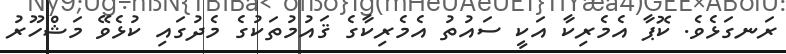
ރަނގަޅެވެ. ކޮޕާ އެމެރިކާ އަކީ ސައުތު އެމެރިކާގެ ޤައުމުތަކުގެ މެދުގައި ކުޅެވޭ މަޝްހޫރު